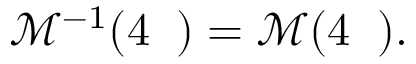
\begin{array} { r } { \mathcal { M } ^ { - 1 } ( 4 { \it \Delta \Psi } ) = \mathcal { M } ( 4 { \it \Delta \Psi } ) . } \end{array}